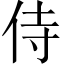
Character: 侍